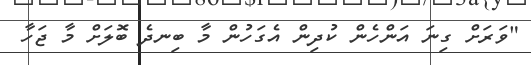
"ވަރަށް ގިނަ އަންހެން ކުދިން އެގަހުން މާ ބިނދެ ބޮލަށް މާ ޖަހާ